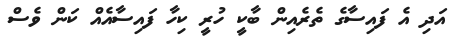
އަދި އެ ފައިސާގެ ތެރެއިން ބާކީ ހުރީ ކިހާ ފައިސާއެއް ކަން ވެސް